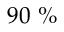
9 0 ~ \%